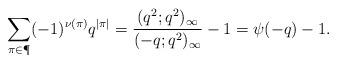
LaTeX: \begin{align*}\sum_{\pi\in\P} (-1)^{\nu(\pi)}q^{|\pi|} = \frac{(q^2;q^2)_\infty}{(-q;q^2)_\infty} -1= \psi(-q)-1.\end{align*}